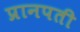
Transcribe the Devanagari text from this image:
प्रानपती